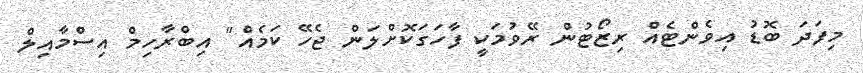
މިފަދަ ބޮޑު އިވެންޓެއް ރިޒޯޓުން ރޭވުމަކީ ފާހަގަކޮށްލަން ޖެހޭ ކަމެއް" އިބްރާހިމް އިސްމާއިލް